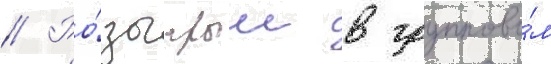
// Ро́зыгрыш в группово́м